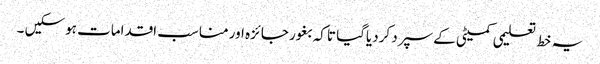
یہ خط تعلیمی کمیٹی کے سپرد کردیاگیا تاکہ بغور جائزہ اور مناسب اقدامات ہوسکیں ۔